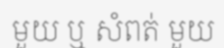
មួយ ឬ សំពត់ មួយ